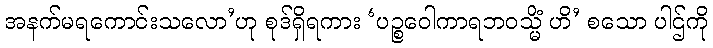
အနက်မရကောင်းသလော’ဟု စုဒ်ရှိရကား ‘ပဉ္စဝေါကာရဘဝသ္မိံ ဟိ’ စသော ပါဌ်ကို